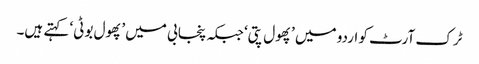
ٹرک آرٹ کو اردو میں ’پھول پتی‘ جبکہ پنجابی میں ’پھول بوٹی‘ کہتے ہیں۔